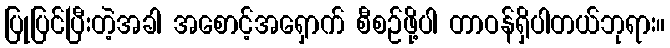
ပြုပြင်ပြီးတဲ့အခါ အစောင့်အရှောက် စီစဉ်ဖို့ပါ တာဝန်ရှိပါတယ်ဘုရား။